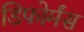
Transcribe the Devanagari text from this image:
डिफोर्मंस